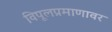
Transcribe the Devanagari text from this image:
विपूलप्रमाणावर